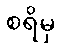
စရိမှ